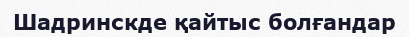
Шадринскде қайтыс болғандар